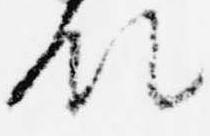
領